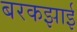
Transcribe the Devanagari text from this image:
बरकझाई